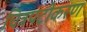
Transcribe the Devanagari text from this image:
चित्रपटीकरण